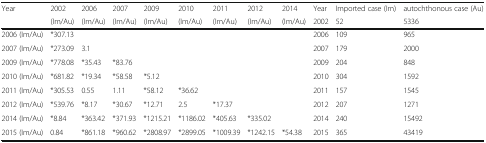
<table><thead><tr><td rowspan="2"><b>Year</b></td><td><b>2002</b></td><td><b>2006</b></td><td><b>2007</b></td><td><b>2009</b></td><td><b>2010</b></td><td><b>2011</b></td><td><b>2012</b></td><td><b>2014</b></td><td><b>Year</b></td><td><b>Imported case (Im)</b></td><td><b>autochthonous case (Au)</b></td></tr><tr><td><b>(Im/Au)</b></td><td><b>(Im/Au)</b></td><td><b>(Im/Au)</b></td><td><b>(Im/Au)</b></td><td><b>(Im/Au)</b></td><td><b>(Im/Au)</b></td><td><b>(Im/Au)</b></td><td><b>(Im/Au)</b></td><td><b>2002</b></td><td><b>52</b></td><td><b>5336</b></td></tr></thead><tbody><tr><td>2006 (Im/Au)</td><td>*307.13</td><td></td><td></td><td></td><td></td><td></td><td></td><td></td><td>2006</td><td>109</td><td>965</td></tr><tr><td>2007 (Im/Au)</td><td>*273.09</td><td>3.1</td><td></td><td></td><td></td><td></td><td></td><td></td><td>2007</td><td>179</td><td>2000</td></tr><tr><td>2009 (Im/Au)</td><td>*778.08</td><td>*35.43</td><td>*83.76</td><td></td><td></td><td></td><td></td><td></td><td>2009</td><td>204</td><td>848</td></tr><tr><td>2010 (Im/Au)</td><td>*681.82</td><td>*19.34</td><td>*58.58</td><td>*5.12</td><td></td><td></td><td></td><td></td><td>2010</td><td>304</td><td>1592</td></tr><tr><td>2011 (Im/Au)</td><td>*305.53</td><td>0.55</td><td>1.11</td><td>*58.12</td><td>*36.62</td><td></td><td></td><td></td><td>2011</td><td>157</td><td>1545</td></tr><tr><td>2012 (Im/Au)</td><td>*539.76</td><td>*8.17</td><td>*30.67</td><td>*12.71</td><td>2.5</td><td>*17.37</td><td></td><td></td><td>2012</td><td>207</td><td>1271</td></tr><tr><td>2014 (Im/Au)</td><td>*8.84</td><td>*363.42</td><td>*371.93</td><td>*1215.21</td><td>*1186.02</td><td>*405.63</td><td>*335.02</td><td></td><td>2014</td><td>240</td><td>15492</td></tr><tr><td>2015 (Im/Au)</td><td>0.84</td><td>*861.18</td><td>*960.62</td><td>*2808.97</td><td>*2899.05</td><td>*1009.39</td><td>*1242.15</td><td>*54.38</td><td>2015</td><td>365</td><td>43419</td></tr></tbody></table>